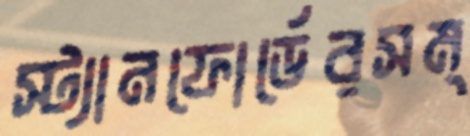
স্ট্যানফোর্ডেরসম্